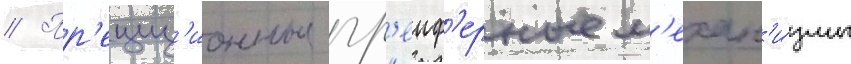
// Пр'ециз'ионные гр'еиф'ерные м'ехан'и́змы